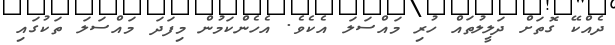
ދެއްކޭ ގޮތަށް ދަލީލުތައް ހުރި މައްސަލަ އެކެވެ. އެހެންކަމުން މިފަދަ މައްސަލަ ތަކުގައި